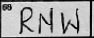
Transcription: RNW